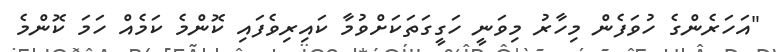
"އަހަރެންގެ ހުވަފެން މިހާރު މިވަނީ ހަގީގަތަކަށްވުމާ ކައިރިވެފައި ކޮންމެ ކަމެއް ހަމަ ކޮންމެ